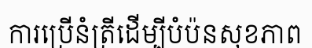
ការប្រើនំត្រីដើម្បីបំប៉នសុខភាព